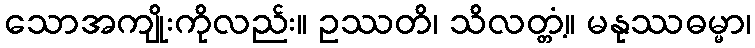
သောအကျိုးကိုလည်း။ ဥဿတိ၊ သိလတ္တံ့။ မနုဿဓမ္မာ၊